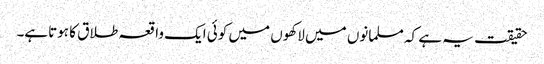
حقیقت یہ ہے کہ مسلمانوں میں لاکھوں میں کوئی ایک واقعہ طلاق کا ہوتاہے۔